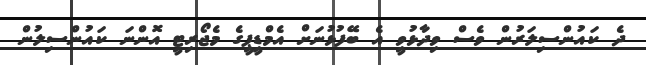
ދެ ކައުންސިލަރުން ވެސް ވިދާޅުވީ އެ ބޭފުޅުނަށް އެމްޑީޕީގެ މެޖޯރިޓީ އޮންނަ ކައުންސިލުން